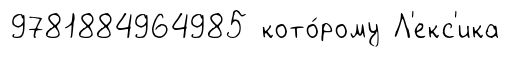
9781884964985 кото́рому Л'екс'ика